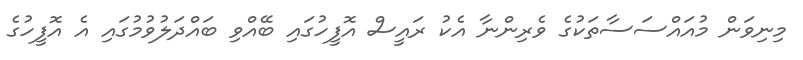
މިނިވަން މުއައްސަސާތަކުގެ ވެރިންނާ އެކު ރައީސް އޮފީހުގައި ބޭއްވި ބައްދަލުވުމުގައި އެ އޮފީހުގެ